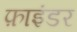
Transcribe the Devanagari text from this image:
फ़ाइंडर